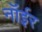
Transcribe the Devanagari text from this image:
नॉईर